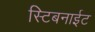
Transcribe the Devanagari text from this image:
स्टिबनाईट